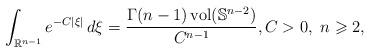
LaTeX: \begin{align*} \int_{\mathbb{R}^{n-1}}e^{-C|\xi|}\,d\xi = \frac{\Gamma(n-1)\operatorname{vol}(\mathbb{S}^{n-2})}{C^{n-1}},C>0,\ n\geqslant 2,\end{align*}